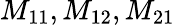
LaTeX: M_{11},M_{12},M_{21}